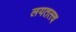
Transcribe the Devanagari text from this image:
लयतत्त्व